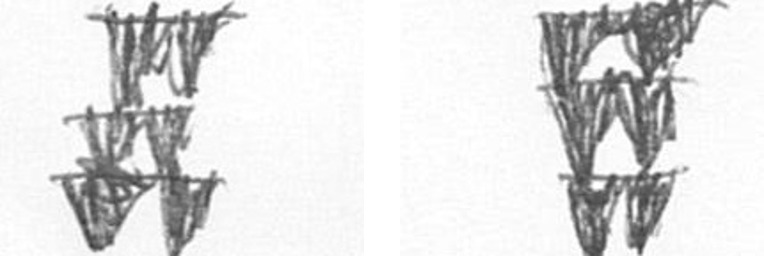
Y Y